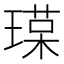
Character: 𤨷